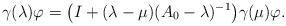
LaTeX: \begin{align*} \gamma(\lambda)\varphi =\bigl(I+(\lambda-\mu)(A_0-\lambda)^{-1}\bigr)\gamma(\mu)\varphi.\end{align*}